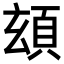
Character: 𩑹